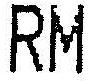
RM